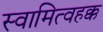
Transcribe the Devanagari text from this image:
स्वामित्वहक्क